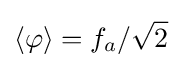
\langle \varphi \rangle =f_{a}/{\sqrt {2}}